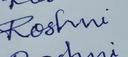
Signature authenticity: forged